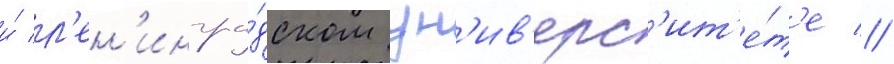
и́ л'ен'ингра́дском ун'ив'ерс'ит'е́т'е //